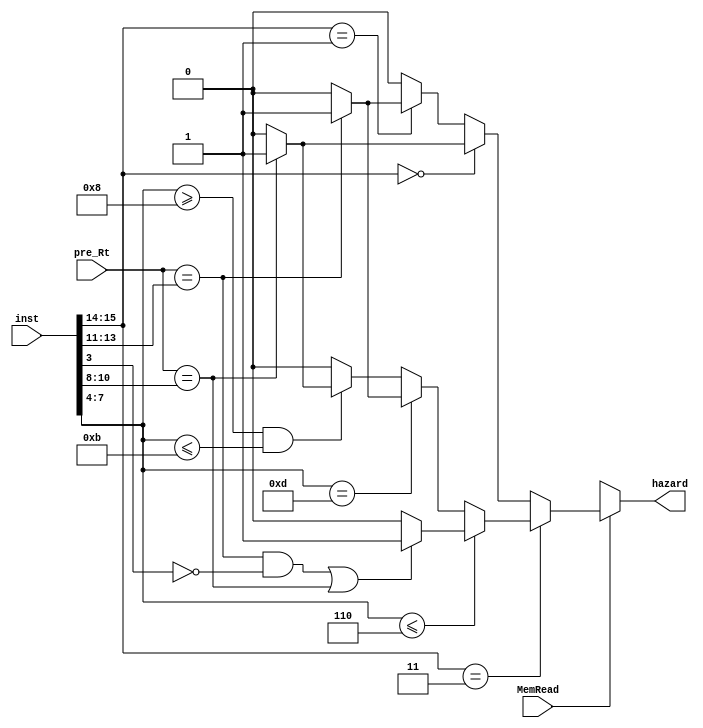
module detect_hazard(
	input MemRead, //MemRead
	input [2:0] pre_Rt, //
	input [15:0] inst, //
	output hazard //
);
  
  assign hazard = det_hazard(MemRead, pre_Rt, inst);
  
  function det_hazard;
	 input MemRead;
	 input [2:0] pre_Rt;
	 input [15:0] inst;
	  
	 if(MemRead) begin //LD->1
	   if(inst[15:14] == 2'b11) begin 
		  if(inst[7:4] <= 4'b0110) begin 
		    det_hazard = (((pre_Rt == inst[13:11]) & (inst[3] == 1'b0)) | pre_Rt == inst[10:8])? 1'b1: 1'b0;
		  end else if(inst[7:4] == 4'b1101) begin
		    det_hazard = (pre_Rt == inst[13:11])? 1'b1: 1'b0;
		  end else if(inst[7:4] >= 4'b1000 & inst[7:4] <= 4'b1011) begin
		    det_hazard = (pre_Rt == inst[10:8])? 1'b1: 1'b0;
		  end else begin
		    det_hazard = 1'b0;
		  end
		end else if(inst[15:14] == 2'b00) begin
		  det_hazard = (pre_Rt == inst[10:8])? 1'b1: 1'b0;
	   end else if(inst[15:14] == 2'b01) begin
	     det_hazard = (pre_Rt == inst[13:11])? 1'b1: 1'b0;
	   end else begin
	     det_hazard = 1'b0;
	   end
	 end
  endfunction
  
endmodule